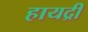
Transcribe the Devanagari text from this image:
हायद्री